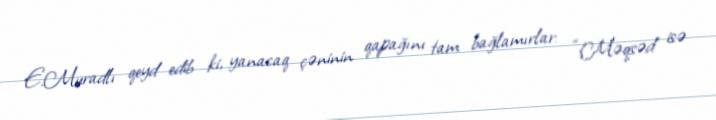
E.Muradlı qeyd edib ki, yanacaq çəninin qapağını tam bağlamırlar: “Məqsəd isə